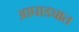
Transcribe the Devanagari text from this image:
आघाड्यात